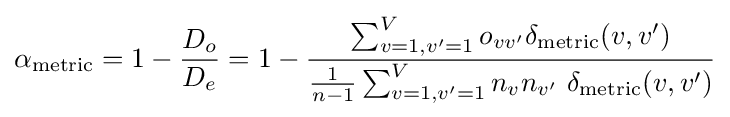
\alpha _{\text{metric}}=1-{\frac {D_{o}}{D_{e}}}=1-{\frac {\sum _{v=1,v'=1}^{V}o_{vv'}\delta _{\text{metric}}(v,v')}{{\frac {1}{n-1}}\sum _{v=1,v'=1}^{V}n_{v}n_{v'}~\delta _{\text{metric}}(v,v')}}